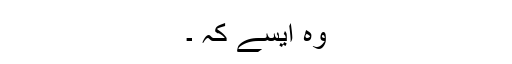
وہ ایسے کہ ۔